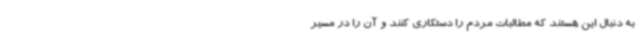
به دنبال این هستند که مطالبات مردم را دستکاری کنند و آن را در مسیر